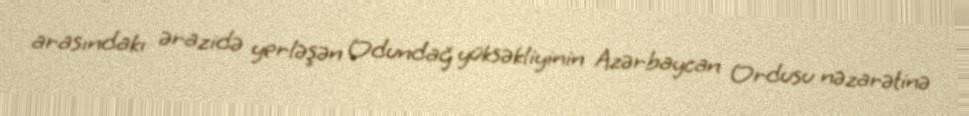
arasındakı ərazidə yerləşən Odundağ yüksəkliyinin Azərbaycan Ordusu nəzarətinə